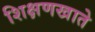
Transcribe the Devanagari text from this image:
शिक्षणखाते